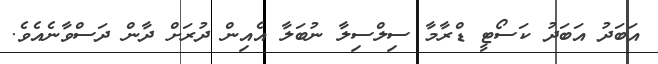
އަބަދު އަބަދު ކަސޯޓީ ޑްރާމާ ސިލްސިލާ ނުބަލާ އެއިން ދުރަށް ދާން ދަސްވާނެއެވެ.